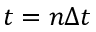
t = n \Delta t